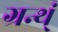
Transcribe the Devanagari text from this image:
ग्रन्थ्ं